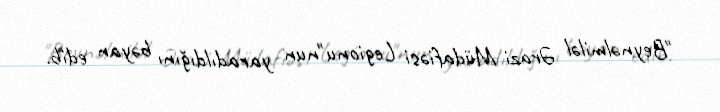
"Beynəlmiləl Ərazi Müdafiəsi Legionu"nun yaradıldığını bəyan edib.